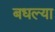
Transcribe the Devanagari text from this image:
बधल्या